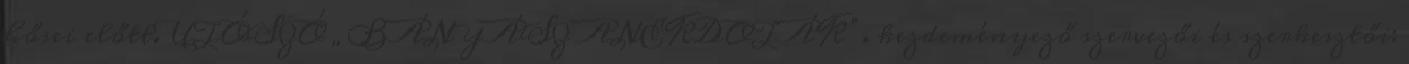
hősei előtt. UTÓSZÓ „BÁNYÁSZ ANEKDOTÁK”. kezdeményező szervezői és szerkesztői: